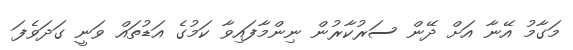
މަގާމު އޭނާ އަށް ދޭން ސަރުކާރުން ނިންމާފައިވާ ކަމުގެ އަޑުތައް ވަނީ ގަދަވެފަ